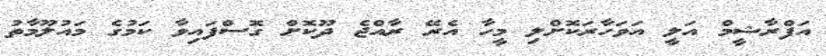
އަފްރާޝީމް އަލީ އަވަހާރަކޮށްލި މީހާ އެރޭ ރާއްޖެ ދޫކޮށް ގޮސްފައިވާ ކަމުގެ މައުލޫމާތު